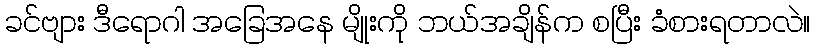
ခင်ဗျား ဒီရောဂါ အခြေအနေ မျိုးကို ဘယ်အချိန်က စပြီး ခံစားရတာလဲ။